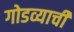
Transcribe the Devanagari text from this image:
गोडव्याची